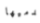
قدميها